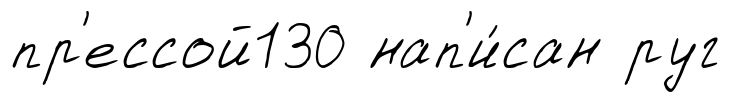
пр'ессой130 нап'и́сан руг